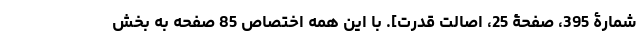
شمارۀ 395، صفحۀ 25، اصالت قدرت]. با این همه اختصاص 85 صفحه به بخش